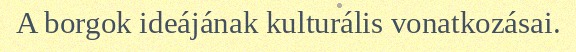
A borgok ideájának kulturális vonatkozásai.